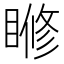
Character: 𥈌